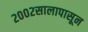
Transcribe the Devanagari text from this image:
२००२सालापासून